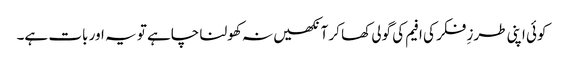
کوئی اپنی طرزِ فکر کی افیم کی گولی کھا کر آنکھیں نہ کھولنا چاہے تو یہ اور بات ہے۔